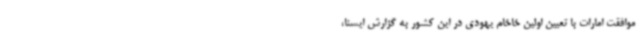
موافقت امارات با تعیین اولین خاخام یهودی در این کشور به گزارش ایسنا،